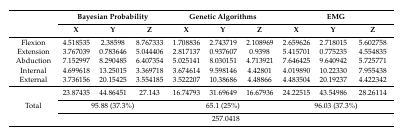
<table><thead><tr><td rowspan="2"></td><td colspan="3"><b>Bayesian Probability</b></td><td colspan="3"><b>Genetic Algorithms</b></td><td colspan="3"><b>EMG</b></td></tr><tr><td><b>X</b></td><td><b>Y</b></td><td><b>Z</b></td><td><b>X</b></td><td><b>Y</b></td><td><b>Z</b></td><td><b>X</b></td><td><b>Y</b></td><td><b>Z</b></td></tr></thead><tbody><tr><td>Flexion</td><td>4.518535</td><td>2.38598</td><td>8.767333</td><td>1.708836</td><td>2.743719</td><td>2.108969</td><td>2.659626</td><td>2.718015</td><td>5.602758</td></tr><tr><td>Extension</td><td>3.767039</td><td>0.783646</td><td>5.044406</td><td>2.817137</td><td>0.937607</td><td>0.9398</td><td>5.415701</td><td>0.775235</td><td>4.554835</td></tr><tr><td>Abduction</td><td>7.152997</td><td>8.290485</td><td>6.407354</td><td>5.025141</td><td>8.030151</td><td>4.713921</td><td>7.646425</td><td>9.640942</td><td>5.725771</td></tr><tr><td>Internal</td><td>4.699618</td><td>13.25015</td><td>3.369718</td><td>3.674614</td><td>9.598146</td><td>4.42801</td><td>4.019890</td><td>10.22330</td><td>7.955438</td></tr><tr><td>External</td><td>3.736156</td><td>20.15425</td><td>3.554185</td><td>3.522207</td><td>10.38686</td><td>4.48866</td><td>4.483504</td><td>20.19237</td><td>4.422342</td></tr><tr><td rowspan="3">Total</td><td>23.87435</td><td>44.86451</td><td>27.143</td><td>16.74793</td><td>31.69649</td><td>16.67936</td><td>24.22515</td><td>43.54986</td><td>28.26114</td></tr><tr><td colspan="3">95.88 (37.3%)</td><td colspan="3">65.1 (25%)</td><td colspan="3">96.03 (37.3%)</td></tr><tr><td colspan="9">257.0418</td></tr></tbody></table>